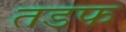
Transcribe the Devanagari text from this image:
तडफ